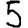
Digit: 5